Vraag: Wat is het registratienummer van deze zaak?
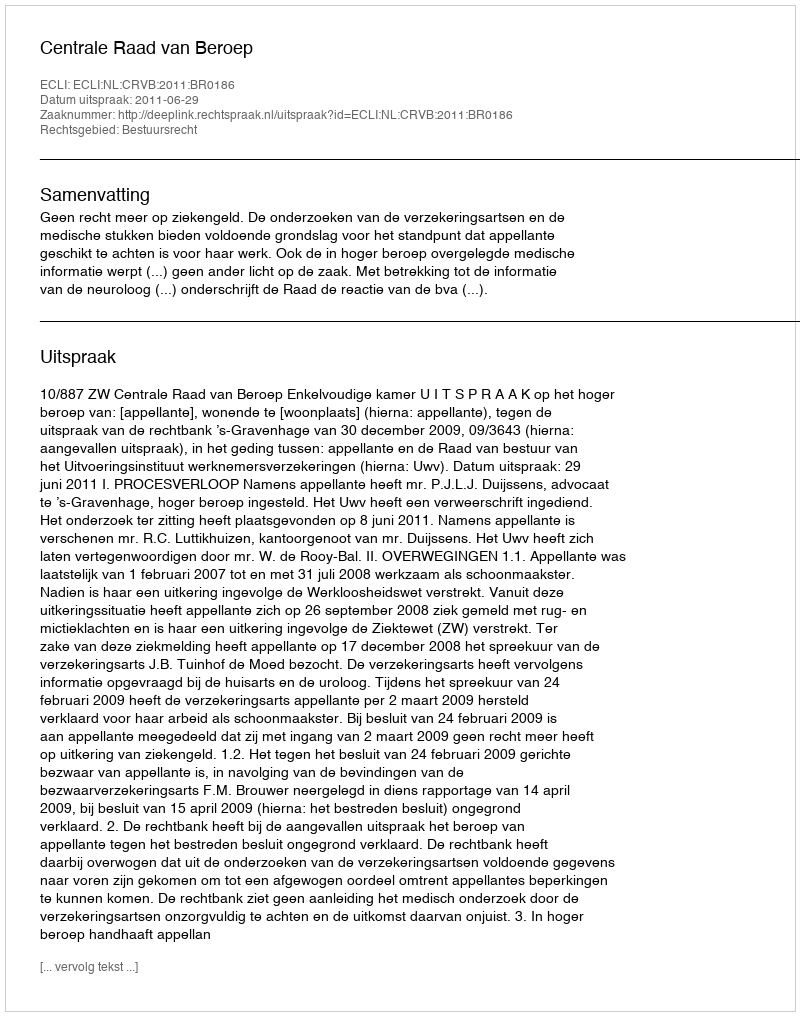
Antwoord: http://deeplink.rechtspraak.nl/uitspraak?id=ECLI:NL:CRVB:2011:BR0186